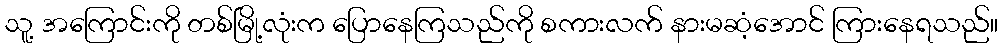
သူ့ အကြောင်းကို တစ်မြို့လုံးက ပြောနေကြသည်ကို စကားလက် နားမဆံ့အောင် ကြားနေရသည်။